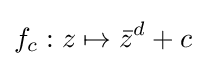
f_{c}:z\mapsto {\bar {z}}^{d}+c